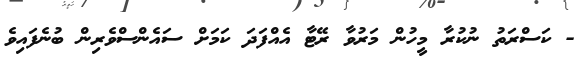
- ކަސްރަތު ނުުކުރާ މީހުން މަރުވާ ރޭޓާ އެއްފަދަ ކަމަށް ސައެންސްވެރިން ބުނެފައިވެ